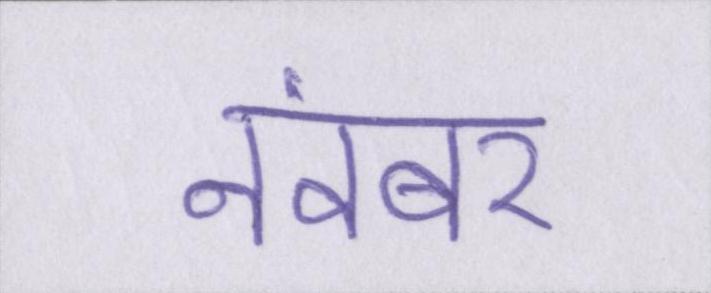
नवंबर